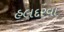
હલદરવા